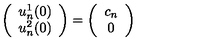
\left( \begin{array} { c } { u _ { n } ^ { 1 } ( 0 ) } \\ { u _ { n } ^ { 2 } ( 0 ) } \\ \end{array} \right) = \left( \begin{array} { c } { c _ { n } } \\ { 0 } \\ \end{array} \right)